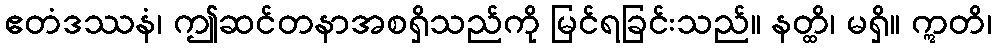
ဧတံဒဿနံ၊ ဤဆင်တနာအစရှိသည်ကို မြင်ရခြင်းသည်။ နတ္ထိ၊ မရှိ။ ဣတိ၊